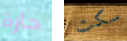
حارة سكت